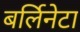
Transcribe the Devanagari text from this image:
बर्लिनेटा